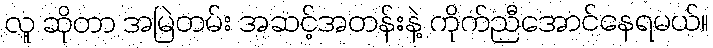
လူ ဆိုတာ အမြဲတမ်း အဆင့်အတန်းနဲ့ ကိုက်ညီအောင်နေရမယ်။